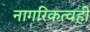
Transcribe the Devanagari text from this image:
नागरिकत्वही